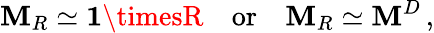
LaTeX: \mathbf{M}_{R}\simeq{\mathbf{1}}\timesR\quad\mathrm{{or}}\quad\mathbf{M}_{R}\simeq\mathbf{M}^{D}\, ,